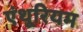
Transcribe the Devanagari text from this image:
एंथूरियम